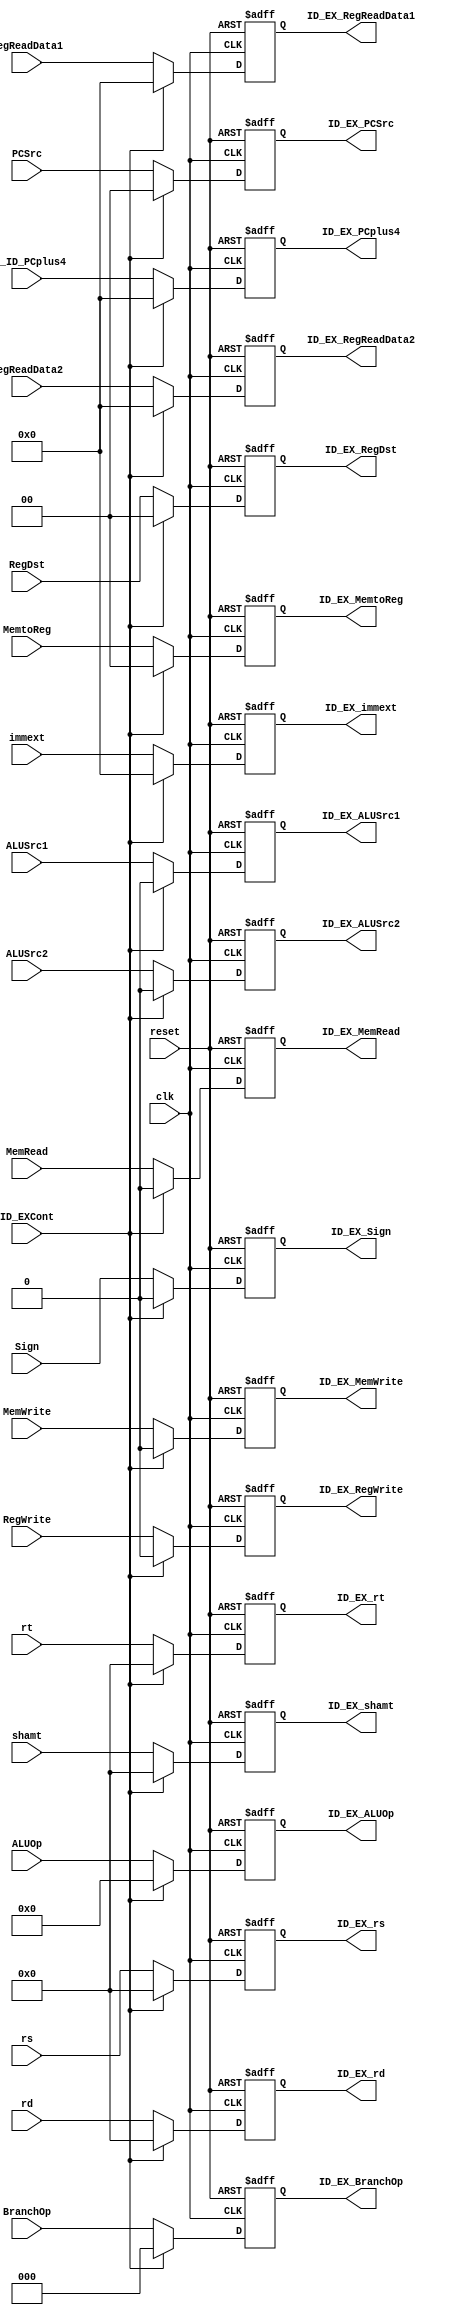
`timescale 1ns / 1ps
module ID_EX(
    input wire reset,
    input wire clk,
    input wire ID_EXCont,
    input wire RegWrite,
    input wire [1:0] MemtoReg,
    input wire MemRead,
    input wire MemWrite,
    input wire [1:0] PCSrc,
    input wire [1:0] RegDst,
    input wire ALUSrc1,
    input wire ALUSrc2,
    input wire [2:0] BranchOp,
    input wire [3:0] ALUOp,
    input wire Sign,
    input wire [4:0] rt,
    input wire [4:0] rs,
    input wire [4:0] rd,
    input wire [4:0] shamt,
    input wire [31:0] IF_ID_PCplus4,
    input wire [31:0] RegReadData1,
    input wire [31:0] RegReadData2,
    input wire [31:0] immext,
    output reg ID_EX_RegWrite,
    output reg [1:0] ID_EX_MemtoReg,
    output reg ID_EX_MemRead,
    output reg ID_EX_MemWrite,
    output reg [1:0] ID_EX_PCSrc,
    output reg [1:0] ID_EX_RegDst,
    output reg ID_EX_ALUSrc1,
    output reg ID_EX_ALUSrc2,
    output reg [2:0] ID_EX_BranchOp,
    output reg [3:0] ID_EX_ALUOp,
    output reg ID_EX_Sign,
    output reg [4:0] ID_EX_rt,
    output reg [4:0] ID_EX_rs,
    output reg [4:0] ID_EX_rd,
    output reg [4:0] ID_EX_shamt,
    output reg [31:0] ID_EX_PCplus4,
    output reg [31:0] ID_EX_RegReadData1,
    output reg [31:0] ID_EX_RegReadData2,
    output reg [31:0] ID_EX_immext
);

    initial begin
        ID_EX_RegWrite <= 1'b0;
        ID_EX_MemtoReg <= 2'b00;
        ID_EX_MemRead <= 1'b0;
        ID_EX_MemWrite <= 1'b0;
        ID_EX_PCSrc <= 2'b00;
        ID_EX_RegDst <= 2'b00;
        ID_EX_ALUSrc1 <= 1'b0;
        ID_EX_ALUSrc2 <= 1'b0;
        ID_EX_BranchOp <= 3'b000;
        ID_EX_ALUOp <= 5'b00000;
        ID_EX_Sign <= 1'b0;
        ID_EX_rt <= 5'b00000;
        ID_EX_rs <= 5'b00000;
        ID_EX_rd <= 5'b00000;
        ID_EX_shamt <= 5'b00000;
        ID_EX_PCplus4 <= 32'h00000000;
        ID_EX_RegReadData1 <= 32'h00000000;
        ID_EX_RegReadData2 <= 32'h00000000;
        ID_EX_immext <= 32'h00000000;
    end

    always @(posedge clk or posedge reset) begin
        if(reset) begin
        ID_EX_RegWrite <= 1'b0;
        ID_EX_MemtoReg <= 2'b00;
        ID_EX_MemRead <= 1'b0;
        ID_EX_MemWrite <= 1'b0;
        ID_EX_PCSrc <= 2'b00;
        ID_EX_RegDst <= 2'b00;
        ID_EX_ALUSrc1 <= 1'b0;
        ID_EX_ALUSrc2 <= 1'b0;
        ID_EX_BranchOp <= 3'b000;
        ID_EX_ALUOp <= 5'b00000;
        ID_EX_Sign <= 1'b0;
        ID_EX_rt <= 5'b00000;
        ID_EX_rs <= 5'b00000;
        ID_EX_rd <= 5'b00000;
        ID_EX_shamt <= 5'b00000;
        ID_EX_PCplus4 <= 32'h00000000;
        ID_EX_RegReadData1 <= 32'h00000000;
        ID_EX_RegReadData2 <= 32'h00000000;
        ID_EX_immext <= 32'h00000000;
        end
        else begin
            if(ID_EXCont) begin
                // flush
                ID_EX_RegWrite <= 1'b0;
                ID_EX_MemtoReg <= 2'b0;
                ID_EX_MemRead <= 1'b0;
                ID_EX_MemWrite <= 1'b0;
                ID_EX_PCSrc <= 2'b0;
                ID_EX_RegDst <= 2'b0;
                ID_EX_ALUSrc1 <= 1'b0;
                ID_EX_ALUSrc2 <= 1'b0;
                ID_EX_BranchOp <= 3'b0;
                ID_EX_ALUOp <= 5'b0;
                ID_EX_Sign <= 1'b0;
                ID_EX_rt <= 5'b0;
                ID_EX_rs <= 5'b0;
                ID_EX_rd <= 5'b0;
                ID_EX_shamt <= 5'b0;
                ID_EX_PCplus4 <= 32'b0;
                ID_EX_RegReadData1 <= 32'b0;
                ID_EX_RegReadData2 <= 32'b0;
                ID_EX_immext <= 32'b0; 
            end
            else begin
                ID_EX_RegWrite <= RegWrite;
                ID_EX_MemtoReg <= MemtoReg;
                ID_EX_MemRead <= MemRead;
                ID_EX_MemWrite <= MemWrite;
                ID_EX_PCSrc <= PCSrc;
                ID_EX_RegDst <= RegDst;
                ID_EX_ALUSrc1 <= ALUSrc1;
                ID_EX_ALUSrc2 <= ALUSrc2;
                ID_EX_BranchOp <= BranchOp;
                ID_EX_ALUOp <= ALUOp;
                ID_EX_Sign <= Sign;
                ID_EX_rt <= rt;
                ID_EX_rs <= rs;
                ID_EX_rd <= rd;
                ID_EX_shamt <= shamt;
                ID_EX_PCplus4 <= IF_ID_PCplus4;
                ID_EX_RegReadData1 <= RegReadData1; 
                ID_EX_RegReadData2 <= RegReadData2;
                ID_EX_immext <= immext;
            end
        end
    end

endmodule